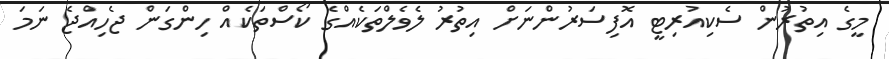
މީގެ އިތުރުން ސެކިއުރިޓީ އޮފިސަރުންނަށް އިތުރު ލެވެލްތަކެއްގެ ކޯސްތަކެއް ހިންގަން ޖެހިއްޖެ ނަމަ